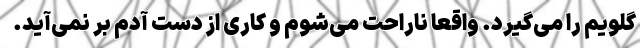
گلویم را می‌گیرد. واقعا ناراحت می‌شوم و کاری از دست آدم بر نمی‌آید.